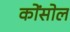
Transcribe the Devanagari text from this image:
कोंसोल